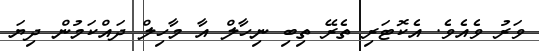
ވަރު ވެއެވެ. އެކޮޓަރި ތެރޭ ތިބި ނިހާލް އާ މާހިލް ދައްކަމުން ދިޔަ